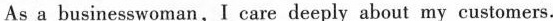
As s businesswoman,I care deeply about my customers.